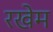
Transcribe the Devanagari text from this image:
रखेम